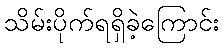
သိမ်းပိုက်ရရှိခဲ့ကြောင်း